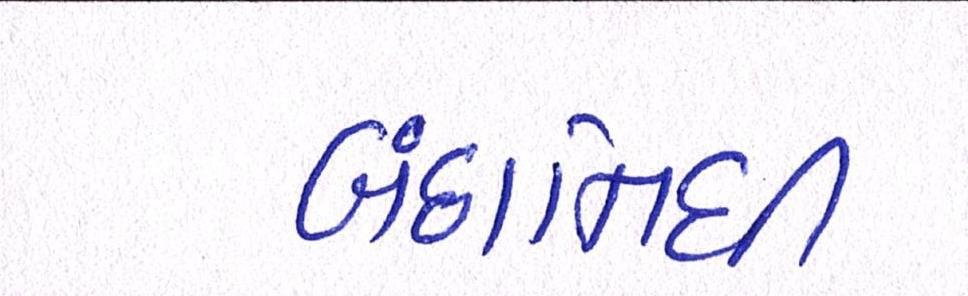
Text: બંછાનિધી